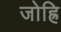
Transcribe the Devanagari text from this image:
जोह्रि